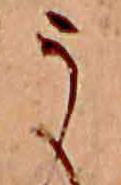
う